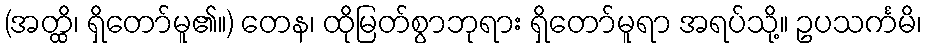
(အတ္ထိ၊ ရှိတော်မူ၏။) တေန၊ ထိုမြတ်စွာဘုရား ရှိတော်မူရာ အရပ်သို့။ ဥပသင်္ကမိ၊